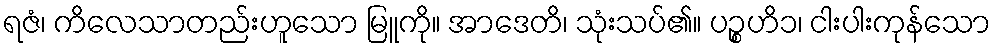
ရဇံ၊ ကိလေသာတည်းဟူသော မြူကို။ အာဒေတိ၊ သုံးသပ်၏။ ပဉ္စဟိ၁၊ ငါးပါးကုန်သော